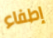
إطفاء